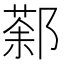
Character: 𨝒